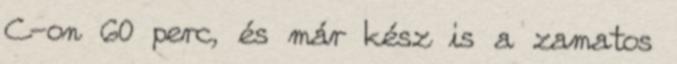
C-on 60 perc, és már kész is a zamatos